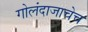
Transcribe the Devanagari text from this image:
गोलंदाजाचेच